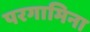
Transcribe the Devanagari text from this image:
परगामिना